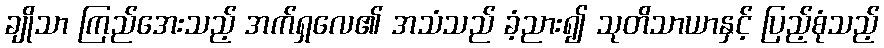
ချိုသာ ကြည်အေးသည့် အက်ရှလေ၏ အသံသည် ခံ့ညား၍ သုတိသာယာနှင့် ပြည့်စုံသည့်